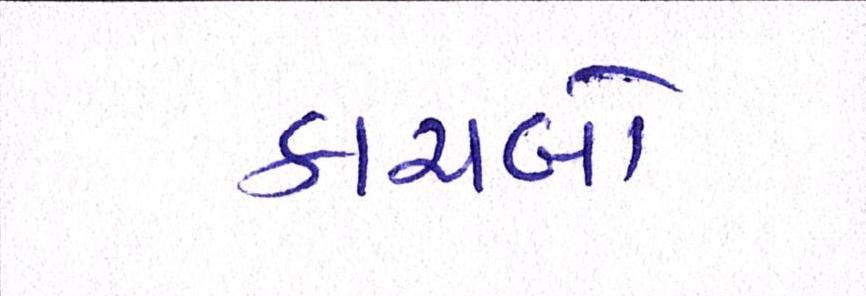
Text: કાચબો